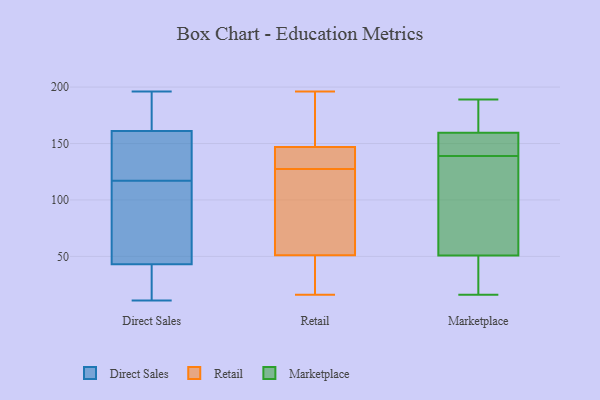
{"axis": {"x": "Satisfaction Score", "y": "Value"}, "legend": ["Direct Sales", "Marketplace", "Retail"], "data": [{"x": "", "y": 113, "type": "Direct Sales"}, {"x": "", "y": 21, "type": "Direct Sales"}, {"x": "", "y": 121, "type": "Direct Sales"}, {"x": "", "y": 169, "type": "Direct Sales"}, {"x": "", "y": 161, "type": "Direct Sales"}, {"x": "", "y": 196, "type": "Direct Sales"}, {"x": "", "y": 122, "type": "Direct Sales"}, {"x": "", "y": 191, "type": "Direct Sales"}, {"x": "", "y": 43, "type": "Direct Sales"}, {"x": "", "y": 142, "type": "Direct Sales"}, {"x": "", "y": 13, "type": "Direct Sales"}, {"x": "", "y": 51, "type": "Direct Sales"}, {"x": "", "y": 36, "type": "Direct Sales"}, {"x": "", "y": 152, "type": "Direct Sales"}, {"x": "", "y": 183, "type": "Direct Sales"}, {"x": "", "y": 89, "type": "Direct Sales"}, {"x": "", "y": 99, "type": "Direct Sales"}, {"x": "", "y": 11, "type": "Direct Sales"}, {"x": "", "y": 196, "type": "Retail"}, {"x": "", "y": 91, "type": "Retail"}, {"x": "", "y": 113, "type": "Retail"}, {"x": "", "y": 50, "type": "Retail"}, {"x": "", "y": 146, "type": "Retail"}, {"x": "", "y": 177, "type": "Retail"}, {"x": "", "y": 178, "type": "Retail"}, {"x": "", "y": 16, "type": "Retail"}, {"x": "", "y": 147, "type": "Retail"}, {"x": "", "y": 73, "type": "Retail"}, {"x": "", "y": 147, "type": "Retail"}, {"x": "", "y": 29, "type": "Retail"}, {"x": "", "y": 51, "type": "Retail"}, {"x": "", "y": 142, "type": "Retail"}, {"x": "", "y": 183, "type": "Marketplace"}, {"x": "", "y": 187, "type": "Marketplace"}, {"x": "", "y": 189, "type": "Marketplace"}, {"x": "", "y": 85, "type": "Marketplace"}, {"x": "", "y": 16, "type": "Marketplace"}, {"x": "", "y": 53, "type": "Marketplace"}, {"x": "", "y": 49, "type": "Marketplace"}, {"x": "", "y": 139, "type": "Marketplace"}, {"x": "", "y": 131, "type": "Marketplace"}, {"x": "", "y": 163, "type": "Marketplace"}, {"x": "", "y": 50, "type": "Marketplace"}, {"x": "", "y": 149, "type": "Marketplace"}, {"x": "", "y": 143, "type": "Marketplace"}, {"x": "", "y": 32, "type": "Marketplace"}, {"x": "", "y": 141, "type": "Marketplace"}]}